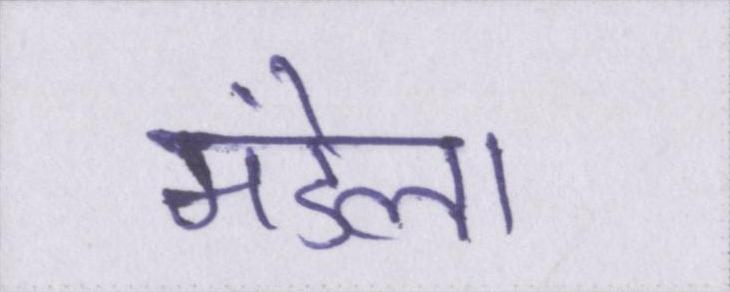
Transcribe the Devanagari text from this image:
मंडेला